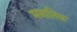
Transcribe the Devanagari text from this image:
मनातिक़